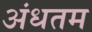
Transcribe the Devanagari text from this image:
अंधतम